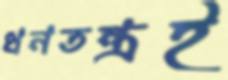
ধনতন্ত্রই